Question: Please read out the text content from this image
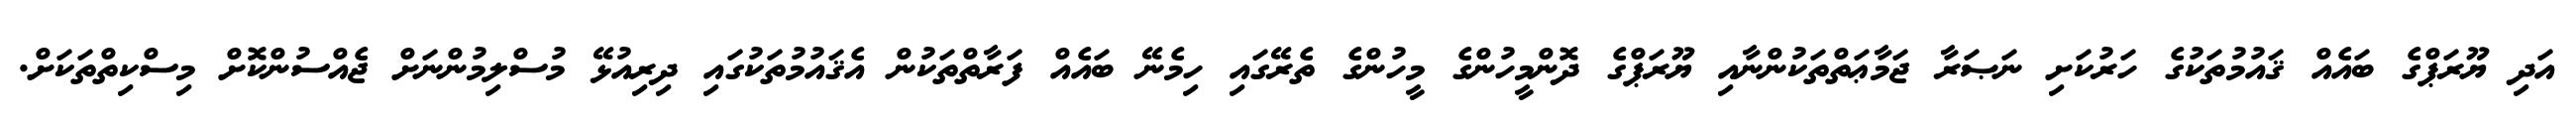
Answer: އަދި ޔޫރަޕްގެ ބައެއް ޤައުމުތަކުގެ ހަރުކަށި ނަޞަރާ ޖަމާޢަތްތަކުންނާއި ޔޫރަޕްގެ ދޮންމީހުންގެ މީހުންގެ ތެރޭގައި ހިމެނޭ ބައެއް ފަރާތްތަކުން އެޤައުމުތަކުގައި ދިރިއުޅޭ މުސްލިމުންނަށް ޖެއްސުންކޮށް މިސްކިތްތަކަށް.